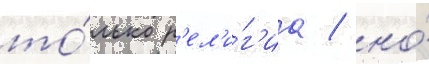
то́лько р'ел'и́г'иа / но́